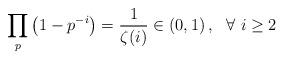
LaTeX: \begin{align*}\prod_{p} \left( 1-p^{-i}\right) =\frac{1}{\zeta(i)}\in(0,1)\,,\ \ \forall \ i\ge 2\end{align*}